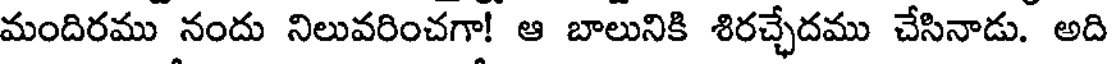
మందిరము నందు నిలువరించగా! ఆ బాలునికి శిరచ్చేదము చేసినాడు. అది